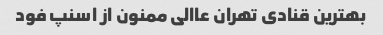
بهترین قنادی تهران عاالی ممنون از اسنپ فود